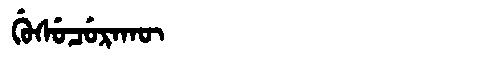
Manchu: ᡤᡠᠰᡠᠴᡠᡵᠠᡴᡡ
Romanization: GUSUCURAKŪ